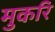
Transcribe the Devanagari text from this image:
मुकरि